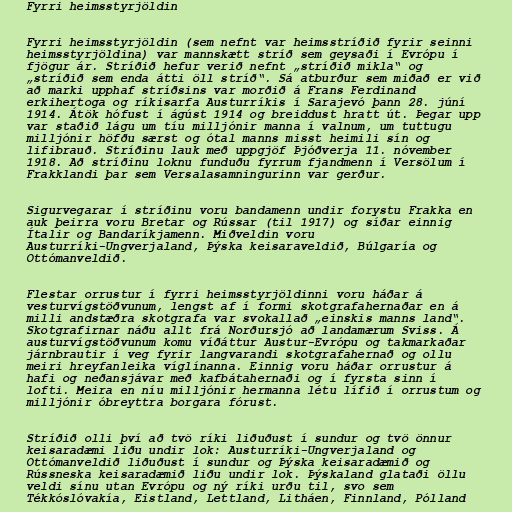
Fyrri heimsstyrjöldin

Fyrri heimsstyrjöldin (sem nefnt var heimsstríðið fyrir seinni
heimsstyrjöldina) var mannskætt stríð sem geysaði í Evrópu í
fjögur ár. Stríðið hefur verið nefnt „stríðið mikla“ og
„stríðið sem enda átti öll stríð“. Sá atburður sem miðað er við
að marki upphaf stríðsins var morðið á Frans Ferdinand
erkihertoga og ríkisarfa Austurríkis í Sarajevó þann 28. júní
1914. Átök hófust í ágúst 1914 og breiddust hratt út. Þegar upp
var staðið lágu um tíu milljónir manna í valnum, um tuttugu
milljónir höfðu særst og ótal manns misst heimili sín og
lifibrauð. Stríðinu lauk með uppgjöf Þjóðverja 11. nóvember
1918. Að stríðinu loknu funduðu fyrrum fjandmenn í Versölum í
Frakklandi þar sem Versalasamningurinn var gerður.

Sigurvegarar í stríðinu voru bandamenn undir forystu Frakka en
auk þeirra voru Bretar og Rússar (til 1917) og síðar einnig
Ítalir og Bandaríkjamenn. Miðveldin voru
Austurríki-Ungverjaland, Þýska keisaraveldið, Búlgaría og
Ottómanveldið.

Flestar orrustur í fyrri heimsstyrjöldinni voru háðar á
vesturvígstöðvunum, lengst af í formi skotgrafahernaðar en á
milli andstæðra skotgrafa var svokallað „einskis manns land“.
Skotgrafirnar náðu allt frá Norðursjó að landamærum Sviss. Á
austurvígstöðvunum komu víðáttur Austur-Evrópu og takmarkaðar
járnbrautir í veg fyrir langvarandi skotgrafahernað og ollu
meiri hreyfanleika víglínanna. Einnig voru háðar orrustur á
hafi og neðansjávar með kafbátahernaði og í fyrsta sinn í
lofti. Meira en níu milljónir hermanna létu lífið í orrustum og
milljónir óbreyttra borgara fórust.

Stríðið olli því að tvö ríki liðuðust í sundur og tvö önnur
keisaradæmi liðu undir lok: Austurríki-Ungverjaland og
Ottómanveldið liðuðust í sundur og Þýska keisaradæmið og
Rússneska keisaradæmið liðu undir lok. Þýskaland glataði öllu
veldi sínu utan Evrópu og ný ríki urðu til, svo sem
Tékkóslóvakía, Eistland, Lettland, Litháen, Finnland, Pólland